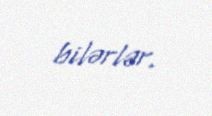
bilərlər.